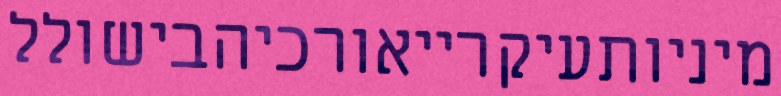
מיניותעיקרייאורכיהבישולל